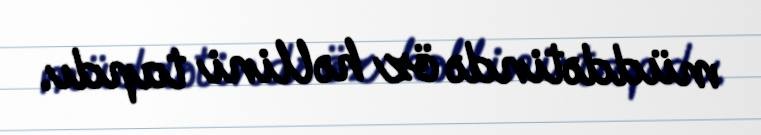
müddətində öz həllini tapdı.